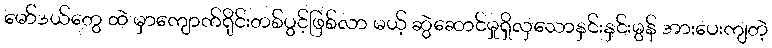
မော်ဒယ်တွေ ထဲ မှာကျောက်ရိုင်းတစ်ပွင့်ဖြစ်လာ မယ့် ဆွဲဆောင်မှုရှိလှသောနှင်းနှင်းမွန် အားပေးကျတဲ့